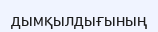
дымқылдығының